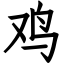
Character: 鸡